Leaving Certificate Examination, 1921
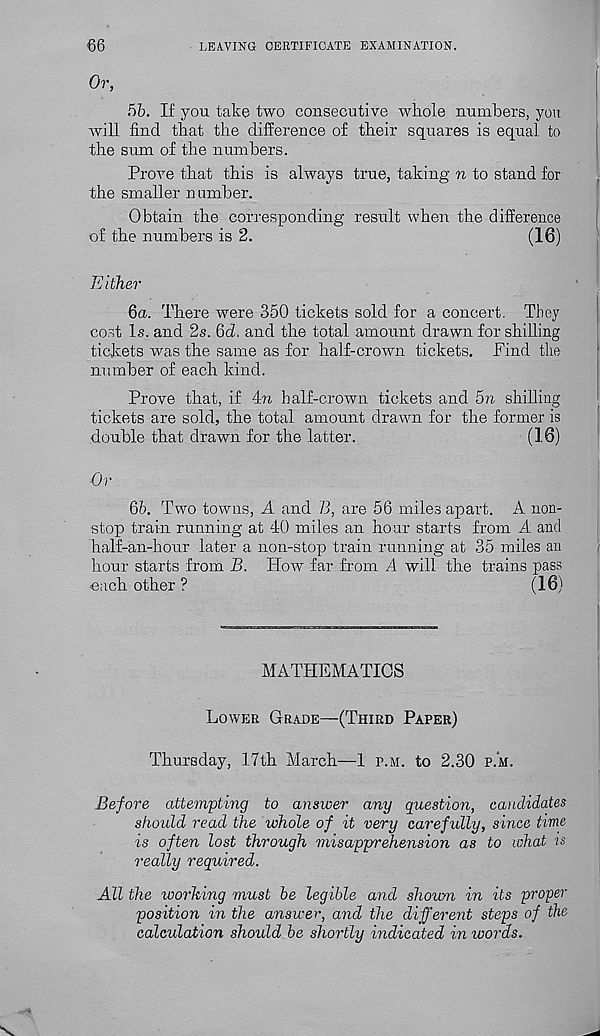
66
LEAVING CERTIFICATE EXAMINATION.
Or,
5b. If you take two consecutive whole numbers, you
will find that the difference of their squares is equal to
the sum of the numbers.
Prove that this is always true, taking n to stand for
the smaller n umber.
Obtain the corresponding result when the difference
of the numbers is 2.
(16)
Either
6a. There were 350 tickets sold for a concert. They
cost Is. and 2s. 6d, and the total amount drawn for shilling
tickets was the same as for half-crown tickets. Find the
number of each kind.
Prove that, if 4n half-crown tickets and 5n shilling
tickets are sold, the total amount drawn for the former is
double that drawn for the latter.
(16)
Or
6b. Two towns, A and 73, are 56 miles apart. A non-
stop train running at 40 miles an hour starts from A and
half-an-hour later a non-stop train running at 35 miles an
hour starts from B. How far from A will the trains pass
each other ?
(16)
MATHEMATICS
Lower Grade—(Third Paper)
Thursday, 17th March—1 p.m. to 2.30 p.m.
Before attempting to answer any question, candidates
should read the whole of it very carefully, since time
is often lost through misapprehension as to what is
really required.
All the working must be legible and shown in its proper
position in the answer, and the different steps of the
calculation should be shortly indicated in words.